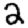
Digit: 2